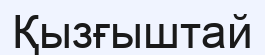
Қызғыштай